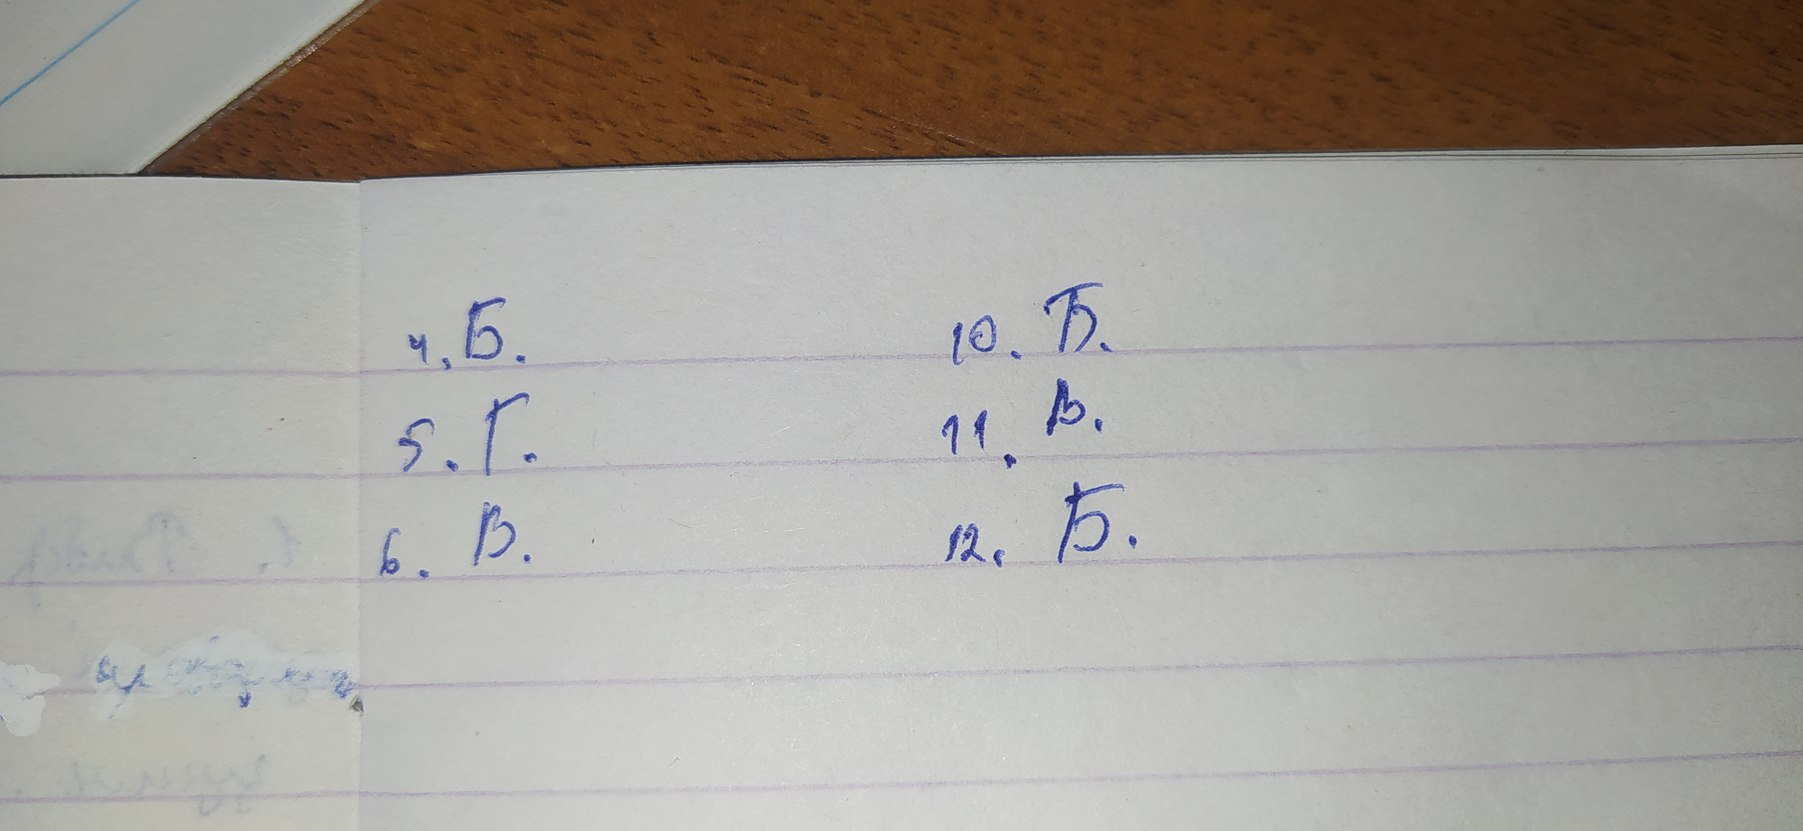
10. Б.
4. Б.
11. B.
5. Г.
12. Б.
6. B.